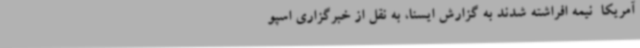
آمریکا  نیمه افراشته شدند به گزارش ایسنا، به نقل از خبرگزاری اسپو